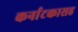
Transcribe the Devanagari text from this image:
कर्नाटकासह